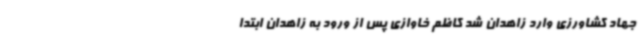
جهاد کشاورزی وارد زاهدان شد کاظم خاوازی پس از ورود به زاهدان ابتدا